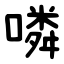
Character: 噒